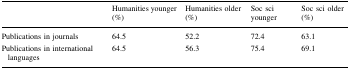
|  | Humanities younger (%) | Humanities older (%) | Soc sci younger | Soc sci older (%) |
 | --- | --- | --- | --- | --- |
 | Publications in journals | 64.5 | 52.2 | 72.4 | 63.1 |
 | Publications in international languages | 64.5 | 56.3 | 75.4 | 69.1 |